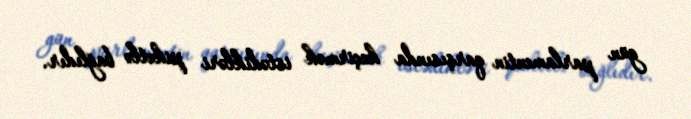
gün parlamentin qarşısında keçirmək istədikləri piketlə bağlıdır.